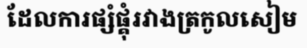
ដែលការផ្សំផ្គុំរវាងត្រកូលសៀម